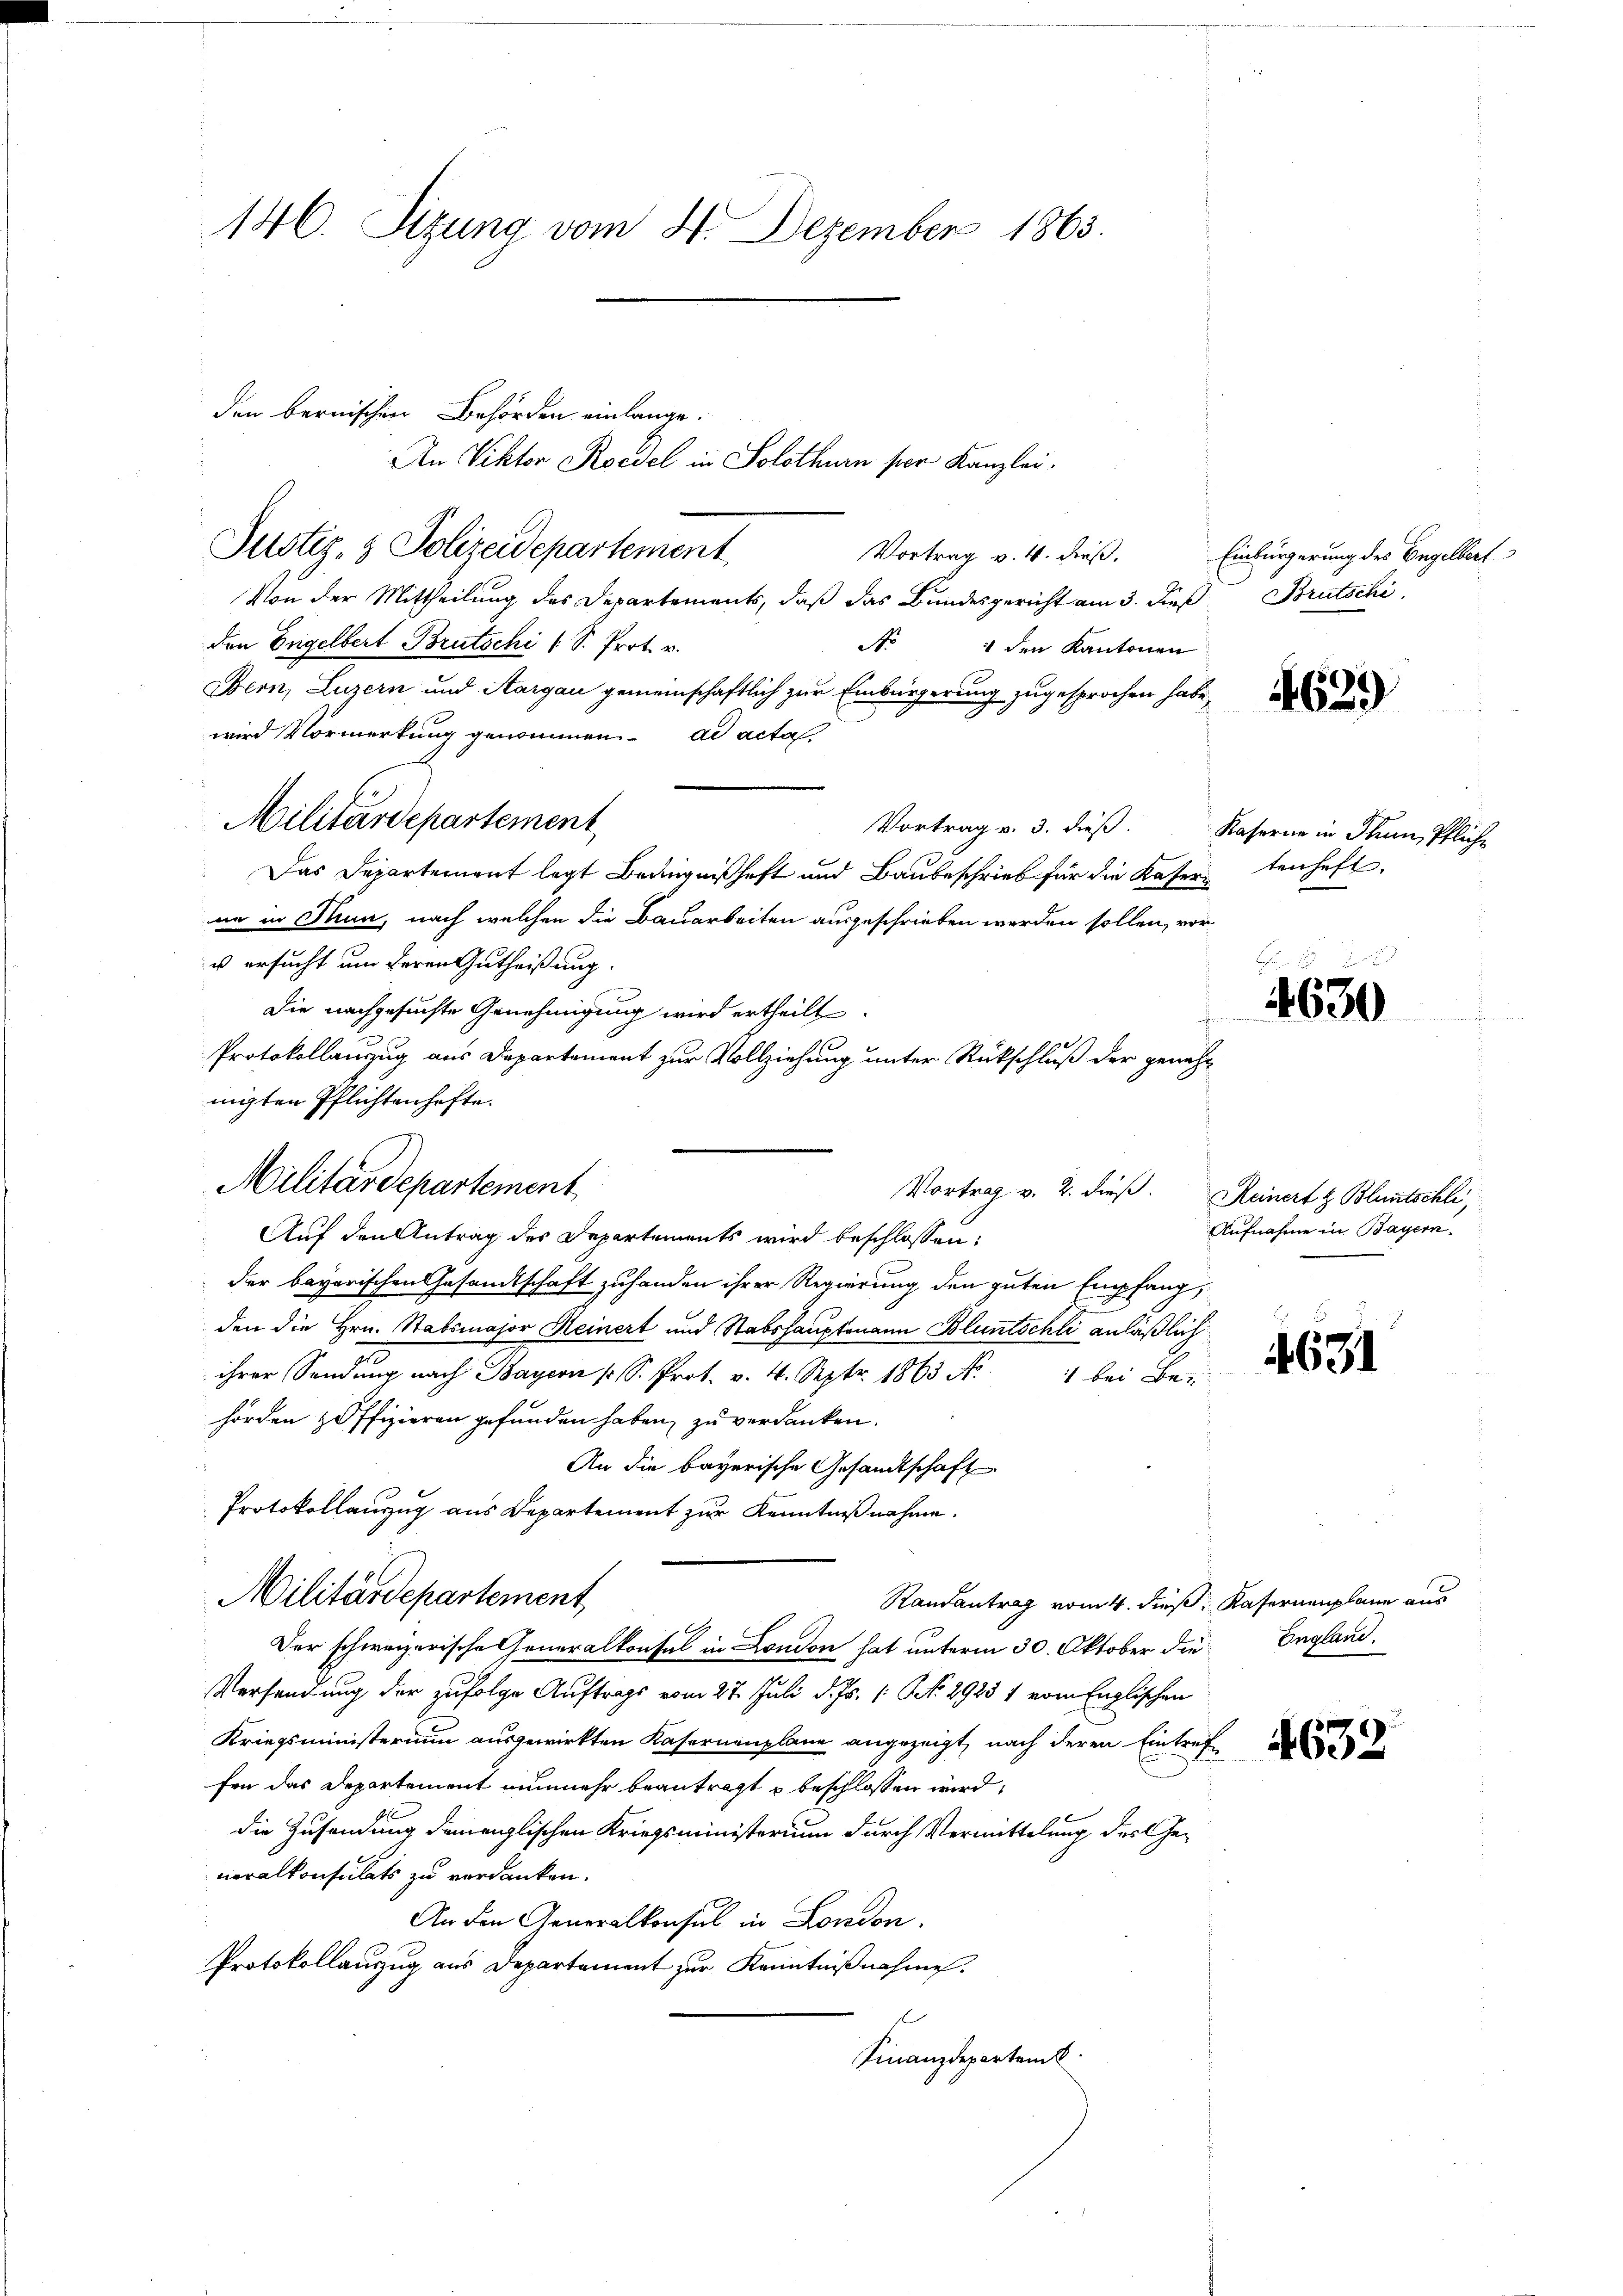
146. Sizung vom 4. Dezember 1863.

den bernischier Behörden einlange.
An Viktor Roedel in Solothurn ser Kanzlei.
Justiz- & Polizeidepartement
Von der Mittheilung des Departements, daß das Bundesgericht am 3. dies
den Engelbert Brutschi (S. Prot. v.
No 4 den Kantonen
Bern, Luzern und Aargau gemeinschaftlich zur Einbürgerung zugesprochen habe,
wird Vormerkung genommen. ad acta
Vortrag v. 3. dieß. Kaserne in Thun, Pfliche
Das Departement legt Bedingnißhaft und Baubeschrieb für die Kaserne in Nun, nach welchen die Bauarbeiten ausgeschrieben werden sollen, vor¬
u ersucht um deren Gutheißung.
Die nachgesuchte Genehmigung wird ertheilt.
Protokollanzug aus Departement zur Vollziehung unter Rückschluß der genehnigten Pflichtenhafte.
Auf den Antrag des Departements wird beschlossen:
der bayerischen Gesandtschaft zuhanden ihrer Regierung den guten Empfang,
den die Hrn. Stabsmajor Heinert und Stabshauptmann Bluntschli anläßlich
ihrer Sendung nach Bayern (S. Prot. v. 4. Septr. 1863 No. 1 bei Be-
hörden Hoffizieren gefunden haben, zu verdanken.
An die bayerische Gesandtschaft
Protokollauszug aus Departement zur Kenntnißnahme.
Militärdepartement,
Randantrag vom 4. dieß: Kasernenplane aus
Der schweizerische Generalkonsul in London hat unterm 30. Oktober die
Versendung der zufolge Auftrags vom 27. Juli d. Js. 1. No. 2925 1 vom Englischen
Kriegsministerium ausgewirkten Kasernenplane angezeigt, nach deren Eintreffen das Departement nunmehr beantragt u beschlossen wird,
die Zusendung demenglischen Kriegsministerium durch Vermittelung des Generalkonsulats zu verdanken.
An den Generalkonsul in London.
Protokollauszug aus Departement zur Kenntnißnahme.
Finanzdepartem

Militärdepartement

Militärdepartement
Vortrag v. 2. dieß.

Vortrag v. 4. dieß. Einbürgerung des Engelbert
Brutschi

ommen

4639

tenhaft.

4630

Reinert z. Bluntschli
Aufnahme in Bayern.

4631

England.

4632